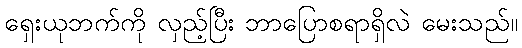
ရှေးယုဘက်ကို လှည့်ပြီး ဘာပြောစရာရှိလဲ မေးသည်။